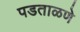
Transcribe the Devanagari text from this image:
पडताळणे